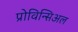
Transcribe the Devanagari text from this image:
प्रोविन्सिअल